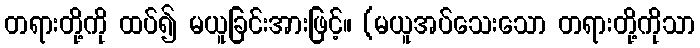
တရားတို့ကို ထပ်၍ မယူခြင်းအားဖြင့်။ (မယူအပ်သေးသော တရားတို့ကိုသာ